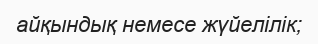
айқындық немесе жүйелілік;